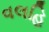
વલહિ